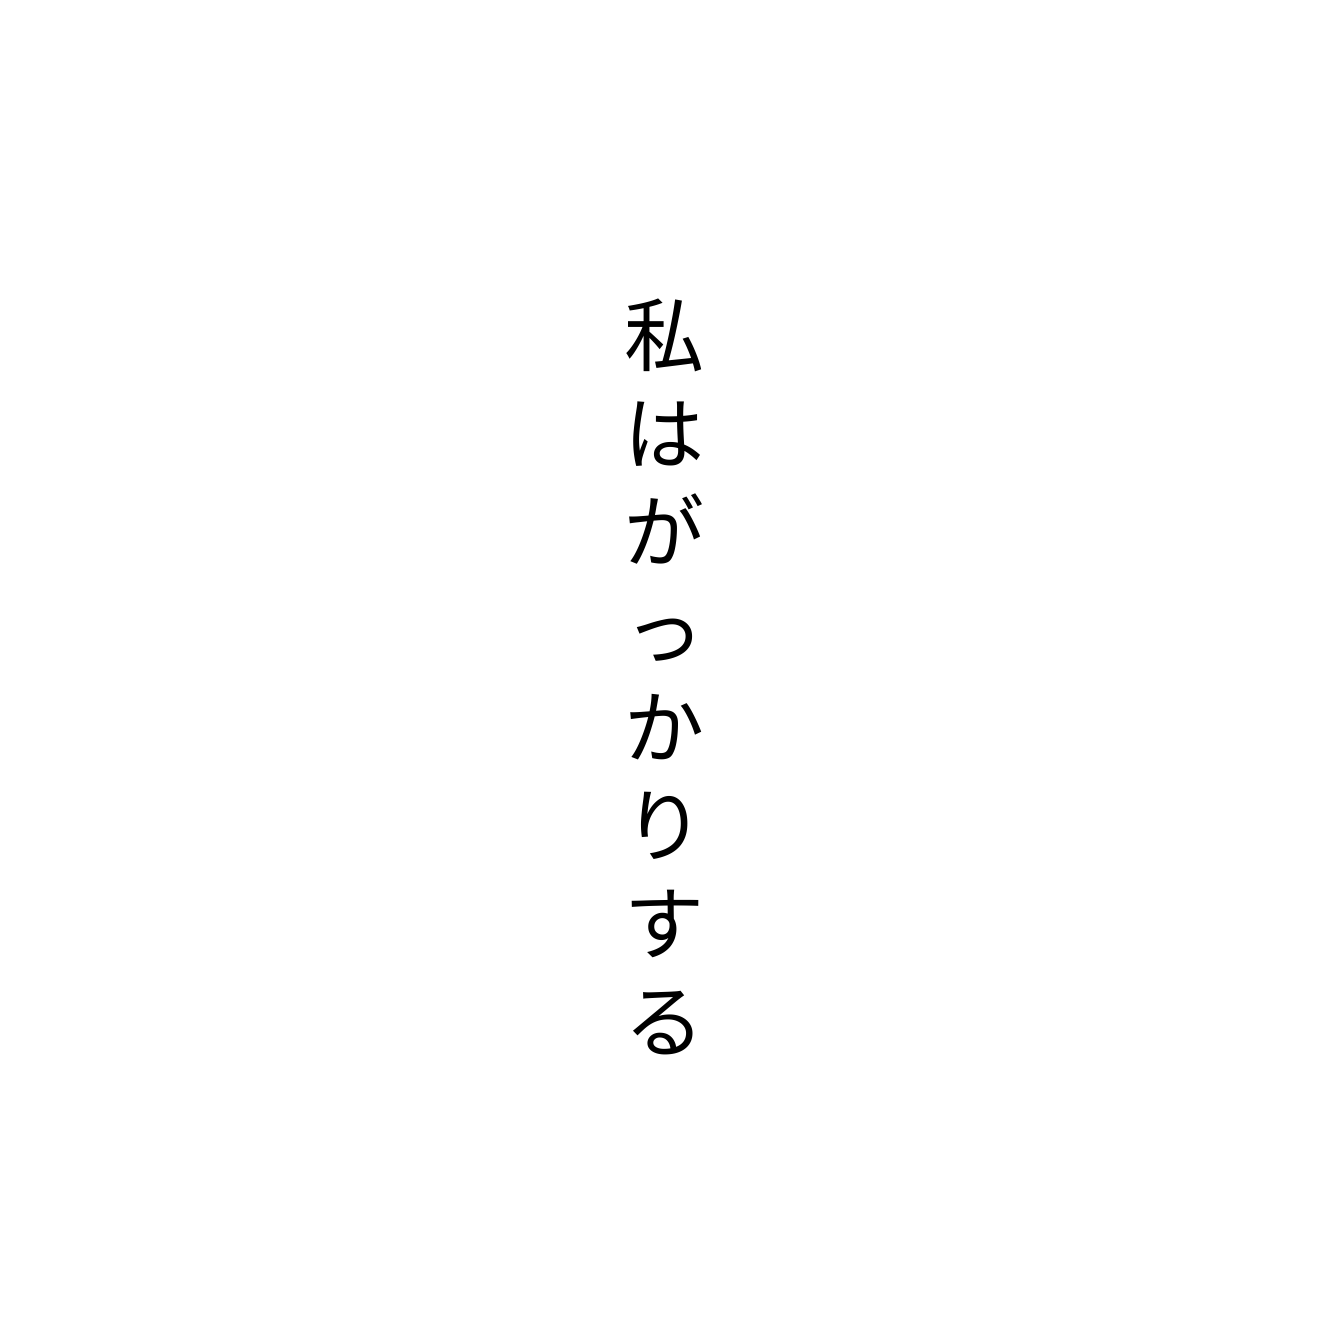
私はがっかりする